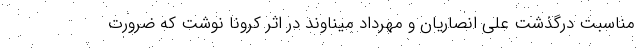
مناسبت درگذشت علی انصاریان و مهرداد میناوند در اثر کرونا نوشت که ضرورت